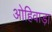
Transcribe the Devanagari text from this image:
ओहिवाड़ा